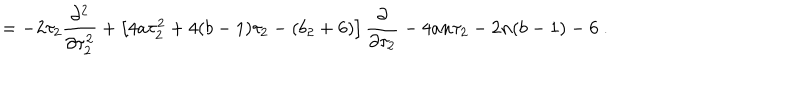
LaTeX: = - 2 \tau _ { 2 } \frac { \partial ^ { 2 } } { \partial \tau _ { 2 } ^ { 2 } } + \left[ 4 a \tau _ { 2 } ^ { 2 } + 4 ( b - 1 ) \tau _ { 2 } - ( b _ { 2 } + 6 ) \right] \frac { \partial } { \partial \tau _ { 2 } } - 4 a n \tau _ { 2 } - 2 n ( b - 1 ) - 6 \ .